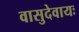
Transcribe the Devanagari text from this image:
वासुदेवायः